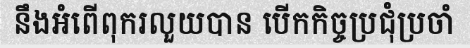
នឹងអំពើពុករលួយបាន បើកកិច្ចប្រជុំប្រចាំ